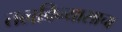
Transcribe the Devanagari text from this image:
तलविन्यासाचा